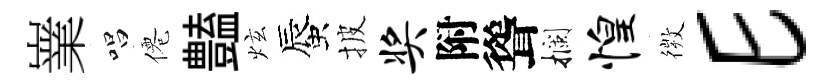
嶪唱僊𧰟炫蜃披奖附聳攔惶𢕄E